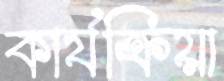
কার্যক্রিয়া